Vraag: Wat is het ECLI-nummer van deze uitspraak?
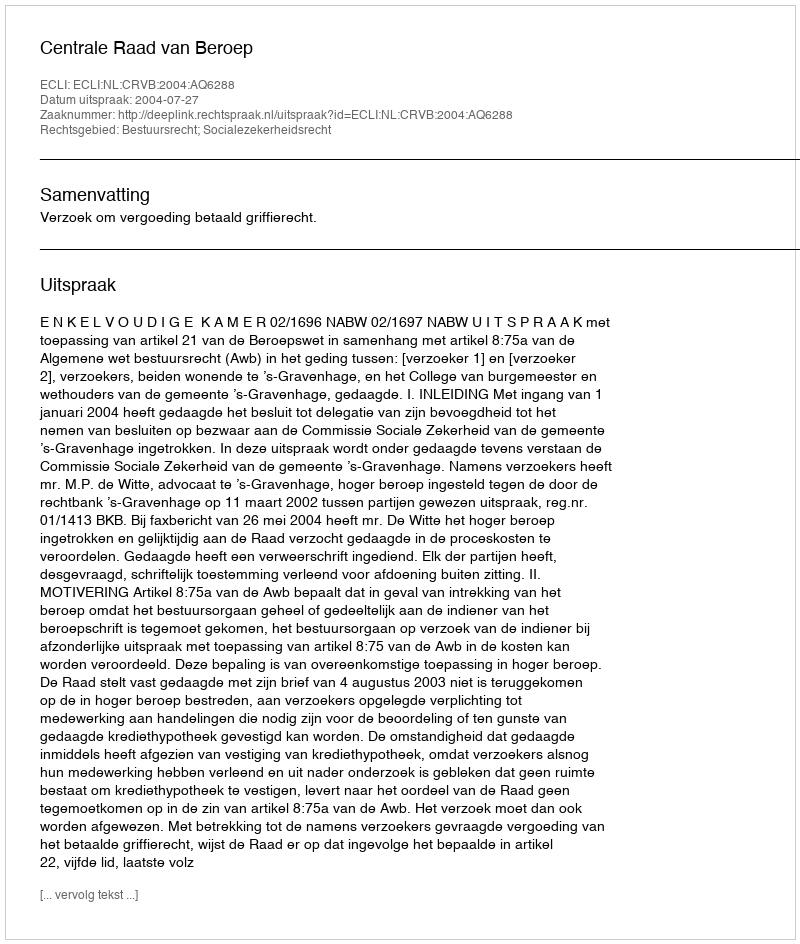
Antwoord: ECLI:NL:CRVB:2004:AQ6288